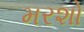
મરશો